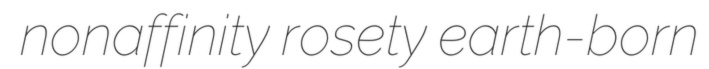
nonaffinity rosety earth-born